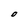
Character: O